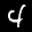
Label: 4